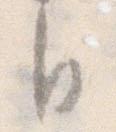
自